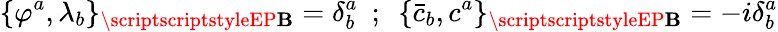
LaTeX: \{ \varphi^{a},\lambda_{b}\} _{\scriptscriptstyleEP\mathbf{B}}=\delta_{b}^{a}~~;~~\{ {\bar{{c}}}_{b},c^{a}\} _{\scriptscriptstyleEP\mathbf{B}}=-i\delta_{b}^{a}